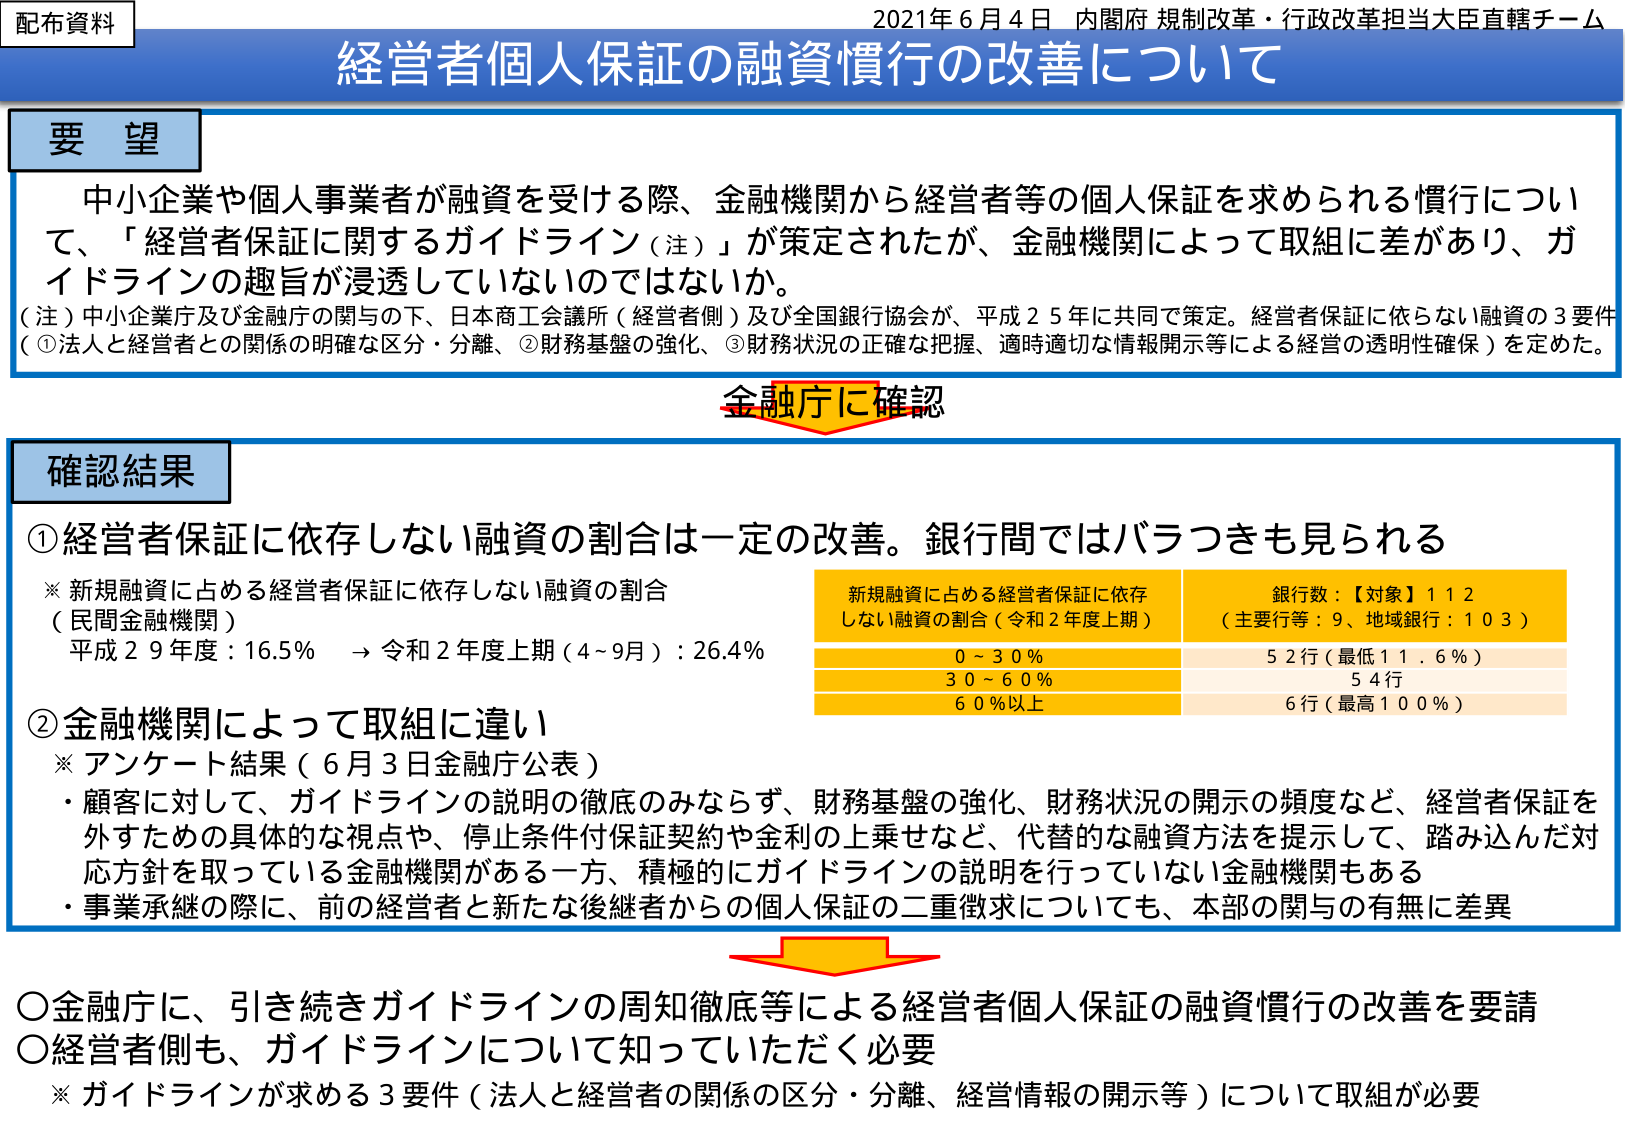
配布資料
2021年6月4日 内閣府 規制改革・行政改革担当大臣直轄チーム
経営者個人保証の融資慣行の改善について

要望
中小企業や個人事業者が融資を受ける際、金融機関から経営者等の個人保証を求められる慣行について、「経営者保証に関するガイドライン（注）」が策定されたが、金融機関によって取組に差があり、ガイドラインの趣旨が浸透していないのではないか。
（注）中小企業庁及び金融庁の関与の下、日本商工会議所（経営者側）及び全国銀行協会が、平成25年に共同で策定。経営者保証に依らない融資の3要件（①法人と経営者との関係の明確な区分・分離、②財務基盤の強化、③財務状況の正確な把握、適時適切な情報開示等による経営の透明性確保）を定めた。

金融庁に確認

確認結果
①経営者保証に依存しない融資の割合は一定の改善。銀行間ではバラつきも見られる
※新規融資に占める経営者保証に依存しない融資の割合（民間金融機関）
平成29年度：16.5% → 令和2年度上期（4～9月）：26.4%

新規融資に占める経営者保証に依存しない融資の割合（令和2年度上期）
0～30％　　52行（最低11.6％）
30～60％　　54行
60％以上　　6行（最高100％）

銀行数：【対象】112（主要行等：9、地域銀行：103）

②金融機関によって取組に違い
※アンケート結果（6月3日金融庁公表）
・顧客に対して、ガイドラインの説明の徹底のみならず、財務基盤の強化、財務状況の開示の頻度など、経営者保証を外すための具体的な視点や、停止条件付保証契約や金利の上乗せなど、代替的な融資方法を提示して、踏み込んだ対応方針を取っている金融機関がある一方、積極的にガイドラインの説明を行っていない金融機関もある
・事業承継の際に、前の経営者と新たな後継者からの個人保証の二重徴求についても、本部の関与の有無に差異

○金融庁に、引き続きガイドラインの周知徹底等による経営者個人保証の融資慣行の改善を要請
○経営者側も、ガイドラインについて知っていただく必要
※ガイドラインが求める3要件（法人と経営者の関係の区分・分離、経営情報の開示等）について取組が必要